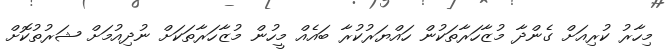
މިހާރު ކުރިއަށް ގެންދާ މުޒާހަރާތަކުން ހައްޔަރުކުރާ ބައެއް މީހުން މުޒާހަރާތަކަށް ނުދިއުމަށް ޝަރުތުކޮށް